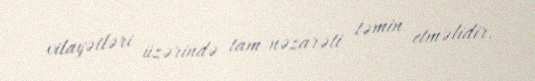
vilayətləri üzərində tam nəzarəti təmin etməlidir.